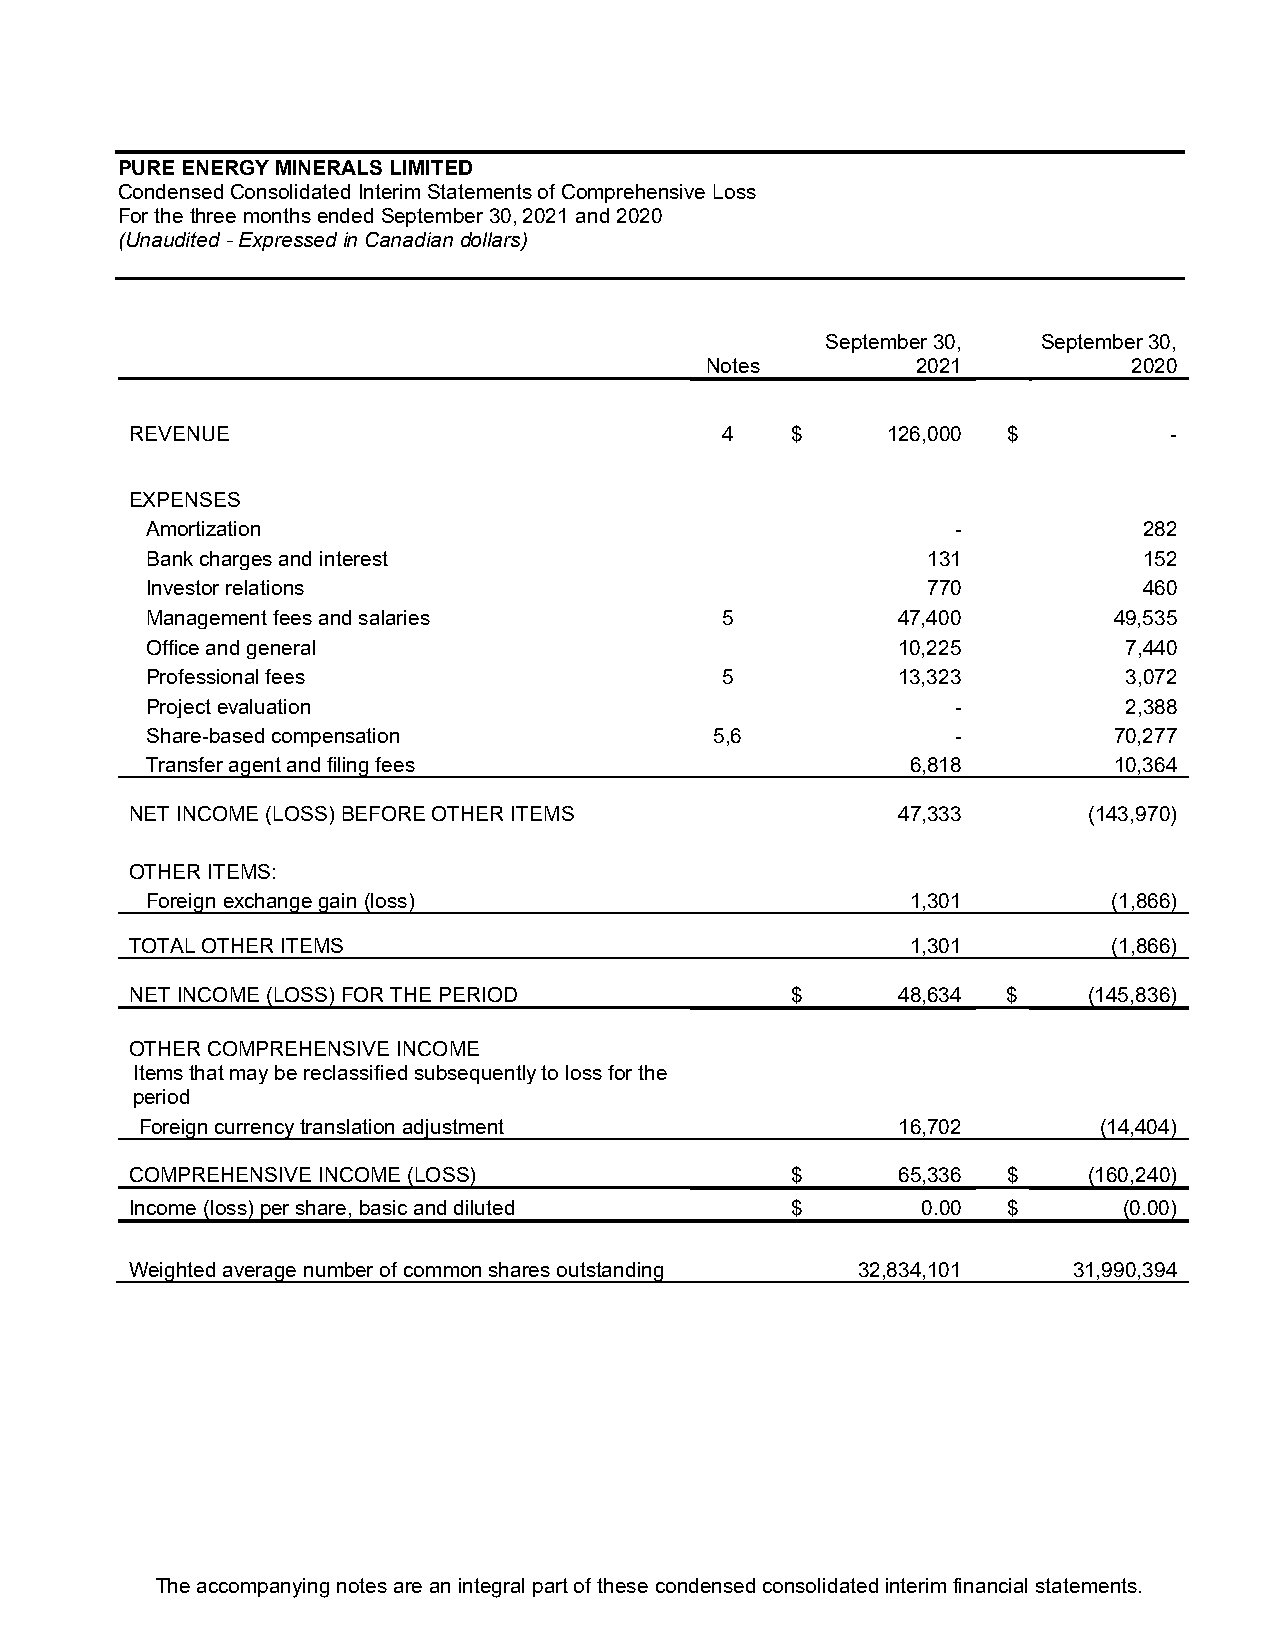
PURE ENERGY MINERALS LIMITED
 Condensed Consolidated Interim Statements of Comprehensive Loss
 For the three months ended September 30, 2021 and 2020
 (Unaudited - Expressed in Canadian dollars)
 September 30, September 30,
 Notes         2021          2020
 REVENUE                                4   $      126,000 $         -
 EXPENSES
 Amortization                                         -            282
 Bank charges and interest                          131            152
 Investor relations                                 770            460
 Management fees and salaries          5          47,400         49,535
 Office and general                               10,225         7,440
 Professional fees                     5          13,323         3,072
 Project evaluation                                   -          2,388
 Share-based compensation             5,6             -          70,277
 Transfer agent and filing fees                    6,818         10,364
 NET INCOME (LOSS) BEFORE OTHER ITEMS              47,333       (143,970)
 OTHER ITEMS:
 Foreign exchange gain (loss)                      1,301         (1,866)
 TOTAL OTHER ITEMS                                  1,301         (1,866)
 NET INCOME (LOSS) FOR THE PERIOD           $      48,634  $    (145,836)
 OTHER COMPREHENSIVE INCOME
 Items that may be reclassified subsequently to loss for the
 period
 Foreign currency translation adjustment           16,702        (14,404)
 COMPREHENSIVE INCOME (LOSS)                $      65,336  $    (160,240)
 Income (loss) per share, basic and diluted $        0.00  $      (0.00)
 Weighted average number of common shares outstanding 32,834,101 31,990,394
 The accompanying notes are an integral part of these condensed consolidated interim financial statements.